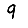
Digit: 9